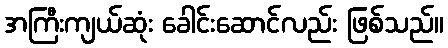
အကြီးကျယ်ဆုံး ခေါင်းဆောင်လည်း ဖြစ်သည်။